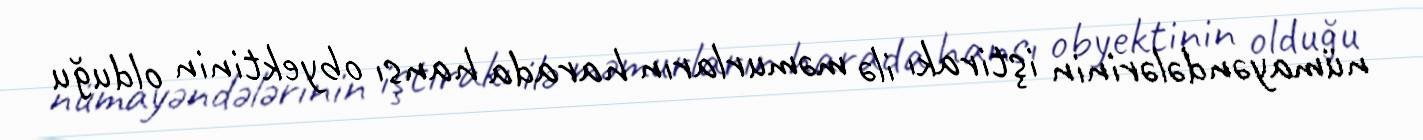
nümayəndələrinin iştirakı ilə məmurların harada hansı obyektinin olduğu